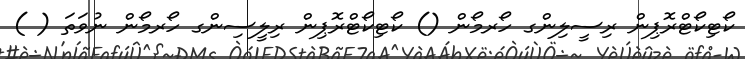
ކޯޓިކޯޓްރޮޕިން ރިސީލިންގ ހޯރމޯން () ކޯޓިކޯޓްރޮޕިން ރިލީސިންގ ހޯރމޯން ނުވަތަ ( )